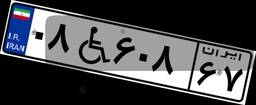
۷۲W۳۰۰۱۰